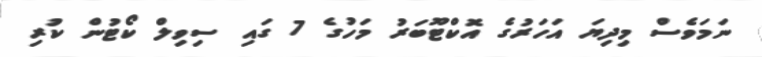
ނަމަވެސް މިދިޔަ އަހަރުގެ އޮކްޓޫބަރު މަހުގެ 7 ގައި ސިވިލް ކޯޓުން ކުރި